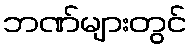
ဘဏ်များတွင်